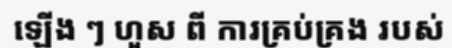
ឡើង ៗ ហួស ពី ការគ្រប់គ្រង របស់